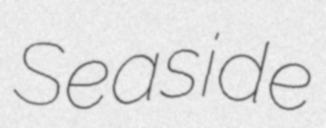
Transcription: Seaside